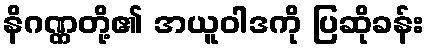
နိဂဏ္ဏတို့၏ အယူဝါဒကို ပြဆိုခန်း